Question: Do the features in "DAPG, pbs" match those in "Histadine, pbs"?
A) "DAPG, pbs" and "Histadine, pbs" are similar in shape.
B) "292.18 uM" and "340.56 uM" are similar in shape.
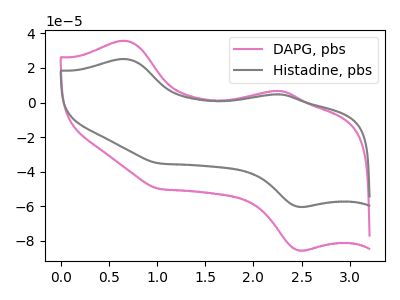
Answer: <think>The pink curve "DAPG, pbs" has anodic peaks at (0.65V, 35.75uA) (2.25V, 6.80uA) and cathodic peaks at (2.50V, -85.45uA) (1.00V, -49.85uA). The gray curve "Histadine, pbs" has anodic peaks at (0.65V, 25.20uA) (2.25V, 4.80uA) and cathodic peaks at (2.50V, -60.25uA) (1.00V, -35.15uA).
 All the peaks in "DAPG, pbs" have a peak in "Histadine, pbs" at the same potential. Every peak in "DAPG, pbs" is higher than every peak in "Histadine, pbs".</think>
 <answer>A) "DAPG, pbs" and "Histadine, pbs" are similar in shape.</answer>
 <eval>A</eval>